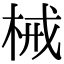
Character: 械